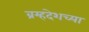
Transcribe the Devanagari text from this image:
ब्रम्हदेशच्या